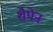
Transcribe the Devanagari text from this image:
शैपेन